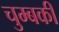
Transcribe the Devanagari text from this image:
चुम्बकी